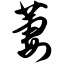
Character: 萋